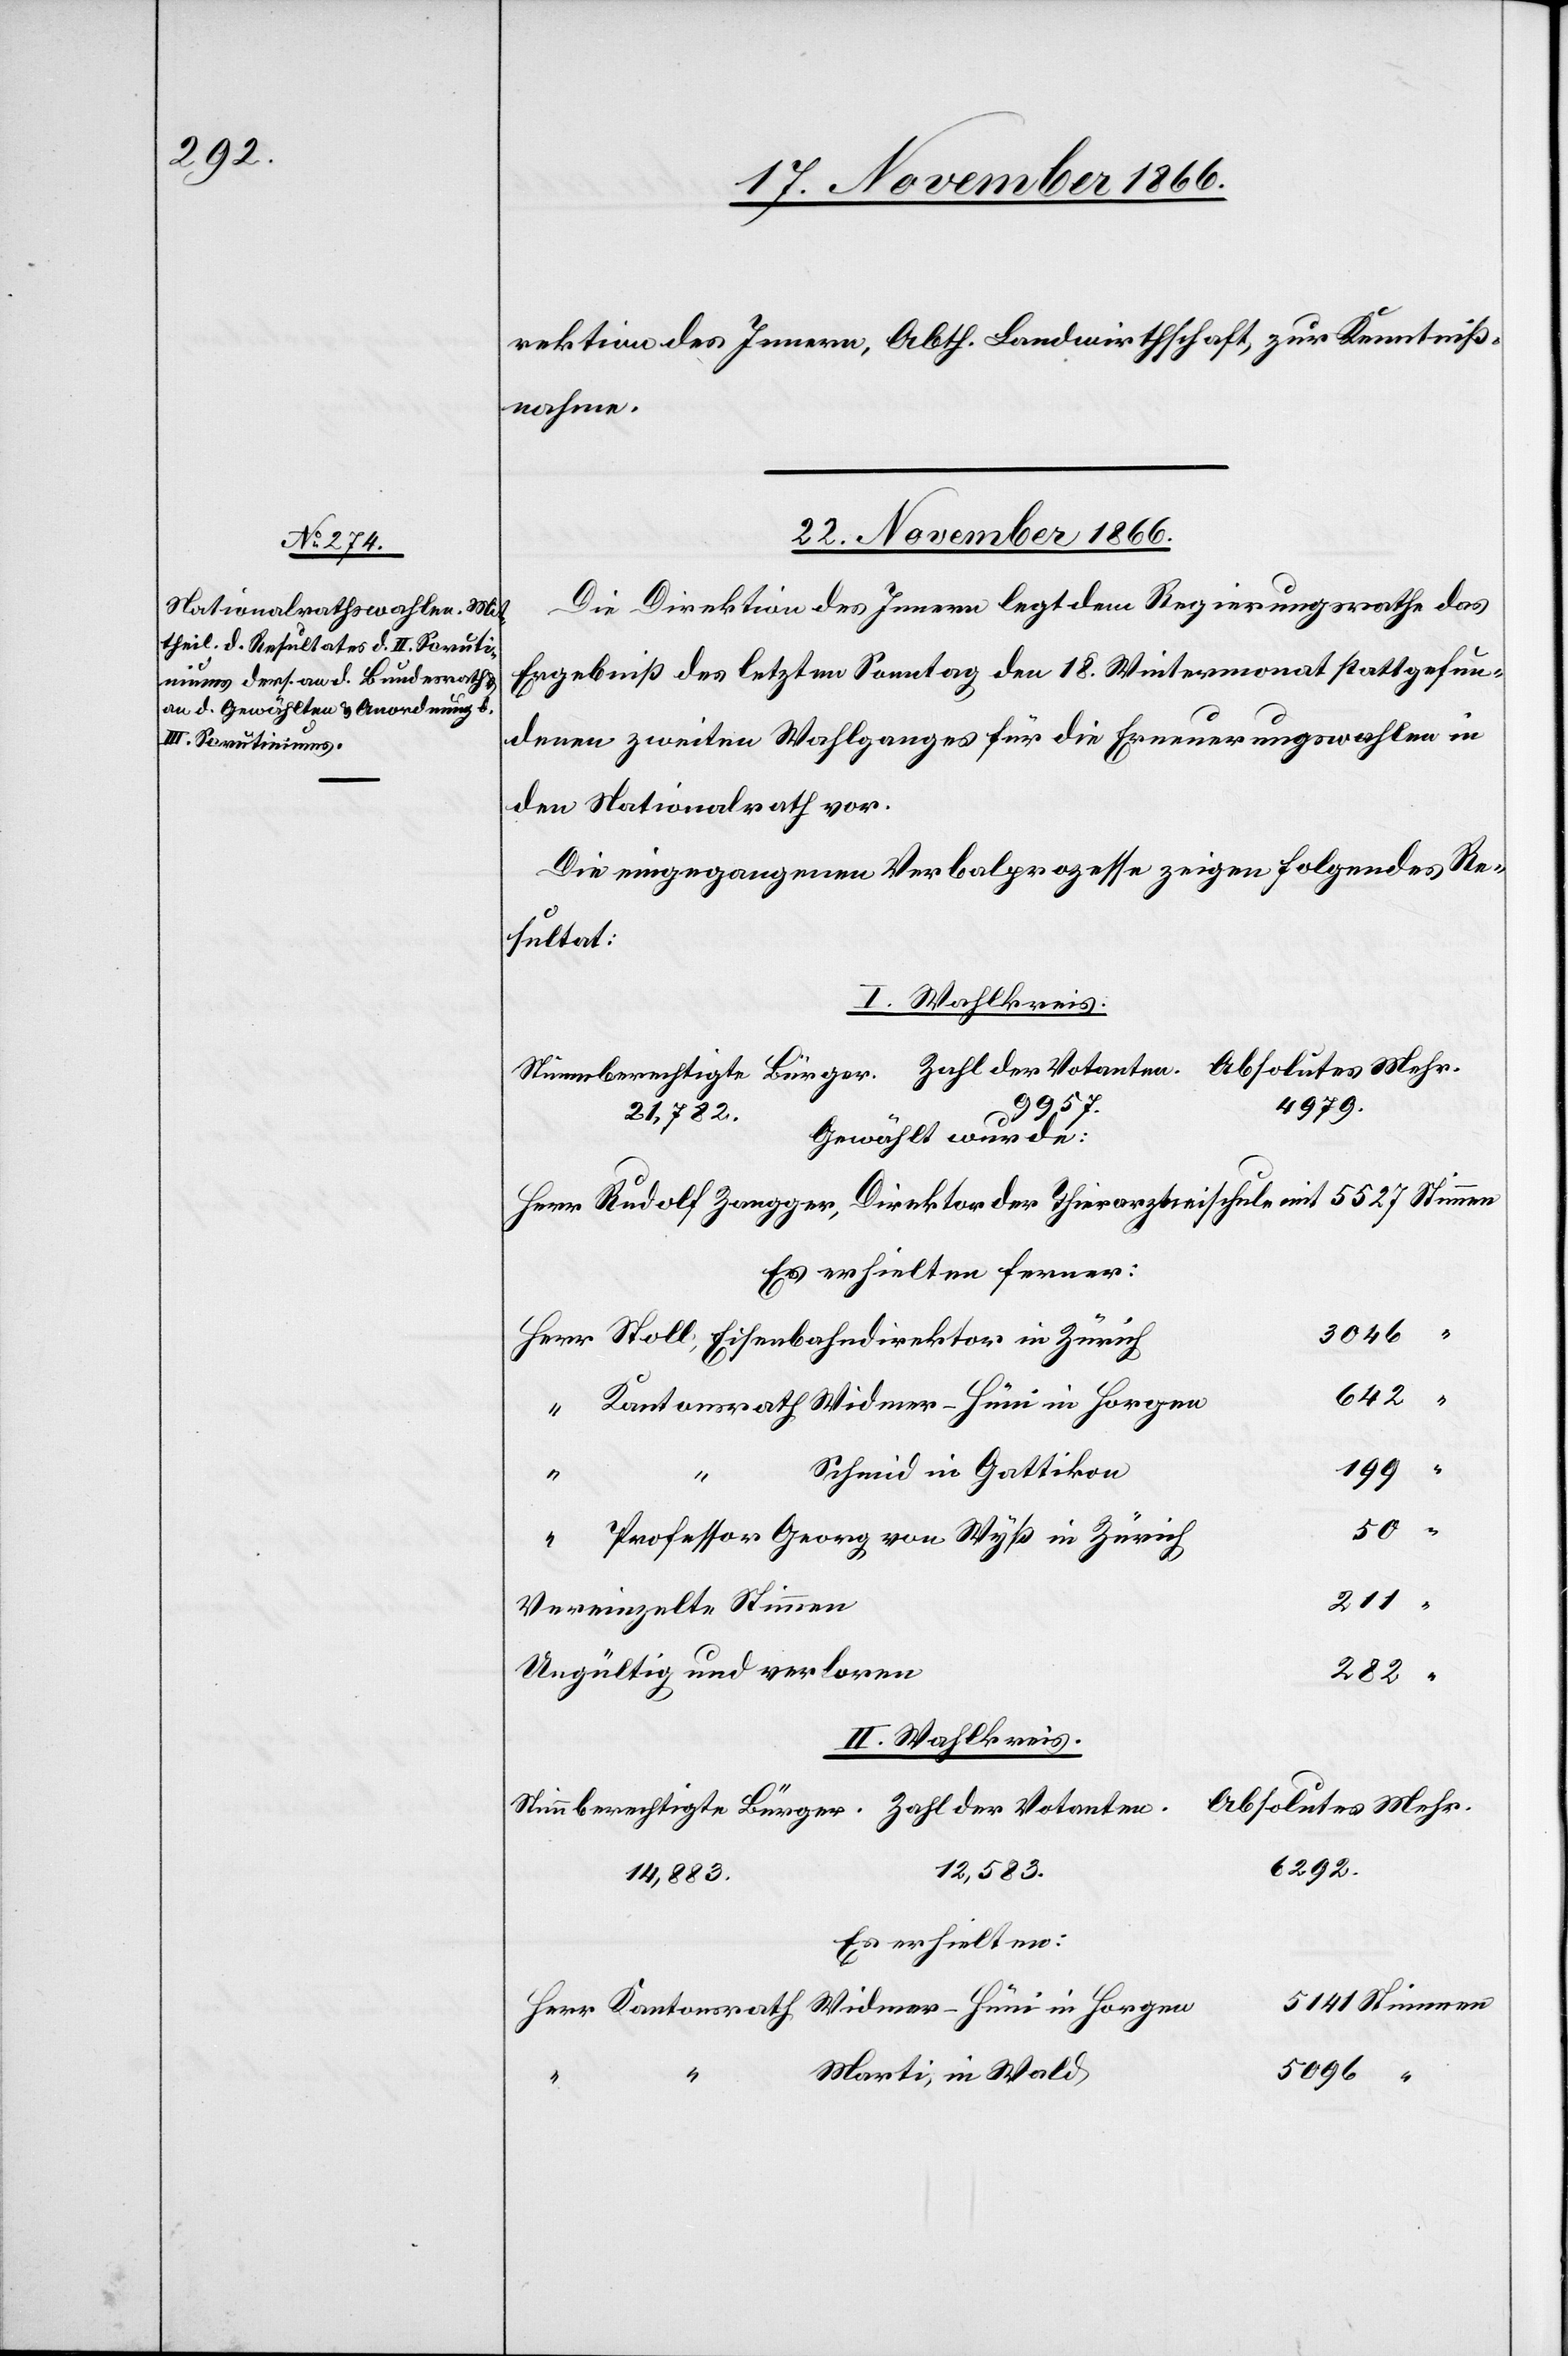
rektion des Innern, Abth. Landwirthschaft, zur Kenntniß¬
nahme.
22. November 1866.
Die Direktion des Innern legt dem Regierungsrathe das
Ergebniß des letzten Sonntag den 18. Wintermonat stattgefun¬
denen zweiten Wahlganges für die Erneuerungswahlen in
den Nationalrath vor.
Die eingegangenen Verbalprozesse zeigen folgendes Re¬
sultat:
I. Wahlkreis
4979
21 782
Gewählt wurde:
Es erhielten ferner:
3046
Stoll, Eisenbahndirektor in Zürich
642
Kantonsrath Widmer-Hüni in Horgen
199
Schmid in Gattikon
50
Professor Georg von Wyß in Zürich
Vereinzelte Stimmen
Ungültig und verloren
282
II. Wahlkreis
Absolutes Mehr.
6292.
12 583.
14 883.
Es erhielten:
5096
Marti, in Wald